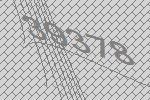
39378